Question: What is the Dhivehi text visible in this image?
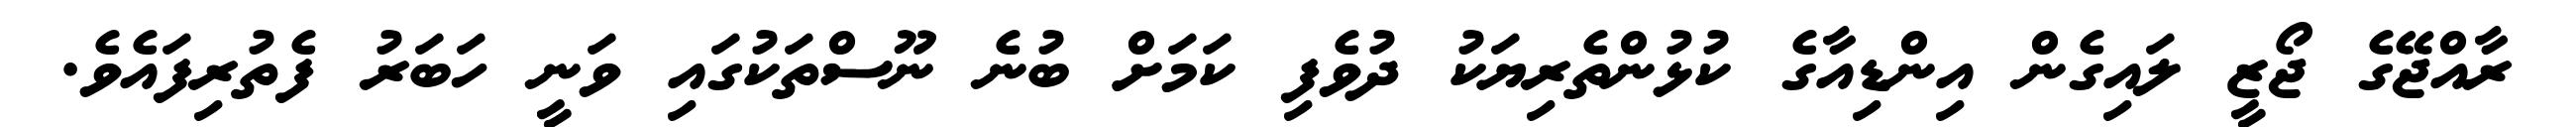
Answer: ރާއްޖޭގެ ޖޯޒީ ލައިގެން އިންޑިއާގެ ކުޅުންތެރިޔަކު ދުވެފި ކަމަށް ބުނެ ނޫސްތަކުގައި ވަނީ ހަބަރު ފެތުރިފައެވެ.